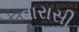
વારાસી